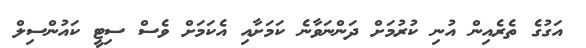
އަގުގެ ތެރެއިން އުނި ކުރުމަށް ދަންނަވާނެ ކަމަށާއި އެކަމަށް ވެސް ސިޓީ ކައުންސިލް